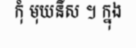
កុំ មុយនីស ។ ក្នុង